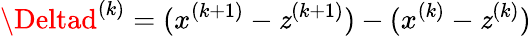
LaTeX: \Deltad^{(k)}=(x^{(k+1)}-\mathit{z}^{(k+1)})-(x^{(k)}-\mathit{z}^{(k)})